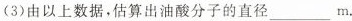
(3)由以上数据，估算出油酸分子的直径___m.